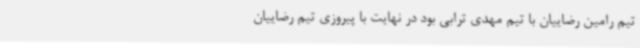
تیم رامین رضاییان با تیم مهدی ترابی بود در نهایت با پیروزی تیم رضاییان